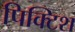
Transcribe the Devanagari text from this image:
पिक्टिश